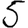
Digit: 5